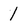
Character: 1